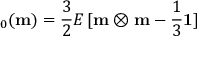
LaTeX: \mathbf { \varepsilon } _ { 0 } ( \mathbf { m } ) = { \frac { 3 } { 2 } } E \, [ \mathbf { m } \otimes \mathbf { m } - { \frac { 1 } { 3 } } \mathbf { 1 } ]